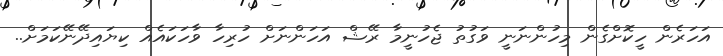
އަހަރެން ހީކޮށްގެން މިހުންނަނީ ވަގުތު ޖެހުނީމާ ރޭޝް އަހަންނަށް ހުރިހާ ވާހަކައެއް ކިޔައިދޭނޭކަމަށް..